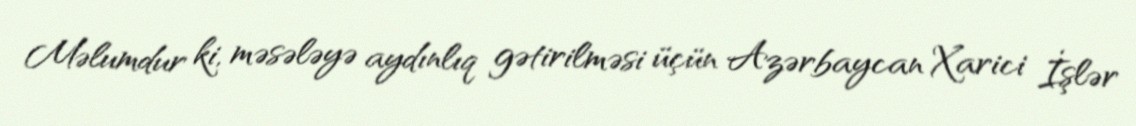
Məlumdur ki, məsələyə aydınlıq gətirilməsi üçün Azərbaycan Xarici İşlər